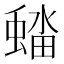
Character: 𮔭